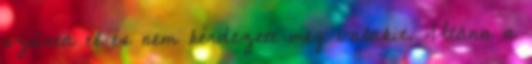
szúrta el és nem kérdezett meg valakit. Utána a